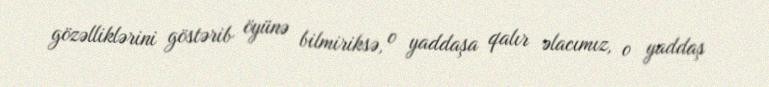
gözəlliklərini göstərib öyünə bilmiriksə, o yaddaşa qalır əlacımız, o yaddaş